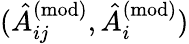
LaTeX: (\hat{A}_{ij}^{(\mathrm{mod)}},\hat{A}_{i}^{(\mathrm{mod)}})